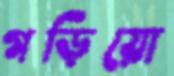
গড়িয়ো